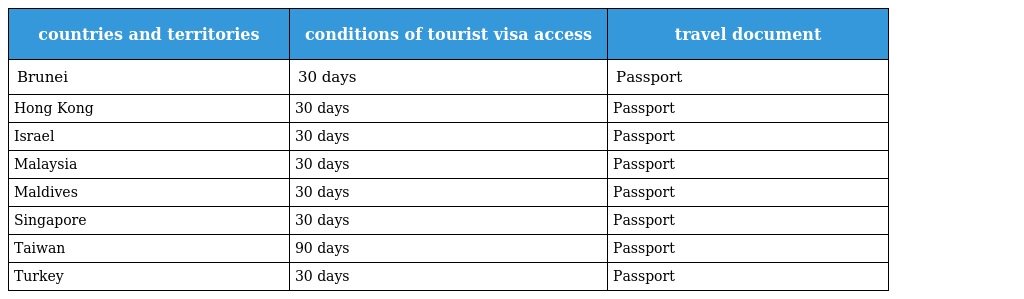
| countries and territories | conditions of tourist visa access | travel document |
 | --- | --- | --- |
 | Brunei | 30 days | Passport |
 | Hong Kong | 30 days | Passport |
 | Israel | 30 days | Passport |
 | Malaysia | 30 days | Passport |
 | Maldives | 30 days | Passport |
 | Singapore | 30 days | Passport |
 | Taiwan | 90 days | Passport |
 | Turkey | 30 days | Passport |